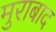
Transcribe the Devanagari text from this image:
मुराबाद